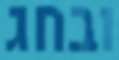
ובחג